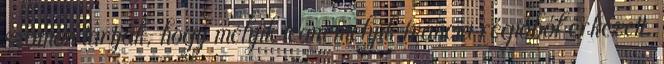
számon tartják, hogy melyik team melyik francia régióból érkezett.